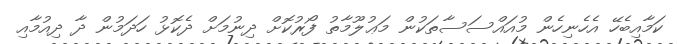
ކަމާއިބެހޭ އެހެނިހެން މުއައްސަސާތަކުން މަޢުލޫމާތު ފޯރުކޮށް ދިނުމަށް ދެކޮޅު ހަދަމުން ދާ ދިއުމާއި